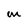
Character: m